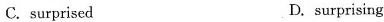
C. surprised D. surprising